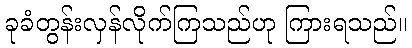
ခုခံတွန်းလှန်လိုက်ကြသည်ဟု ကြားရသည်။